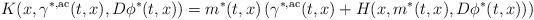
LaTeX: \begin{align*} K(x, \gamma^{*,{\rm ac}}(t,x), D\phi^*(t,x))= m^* (t, x) \left( \gamma^{*,{\rm ac}}(t,x) + H(x, m^*(t,x), D\phi^*(t,x))\right)\end{align*}